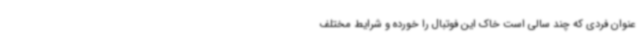
عنوان فردی که چند سالی است خاک این فوتبال را خورده‌ و شرایط مختلف